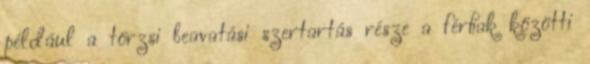
például a törzsi beavatási szertartás része a férﬁak közötti